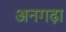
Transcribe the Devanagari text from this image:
अनगढ़ा